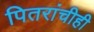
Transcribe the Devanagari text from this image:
पितरांचीही